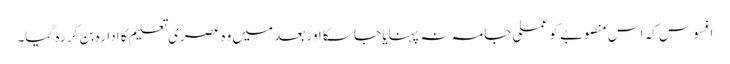
افسوس کہ اس منصوبے کو عملی جامہ نہ پہنایا جا سکا اور بعد میں وہ عصری تعلیم کا ادارہ بن کر رہ گیا۔